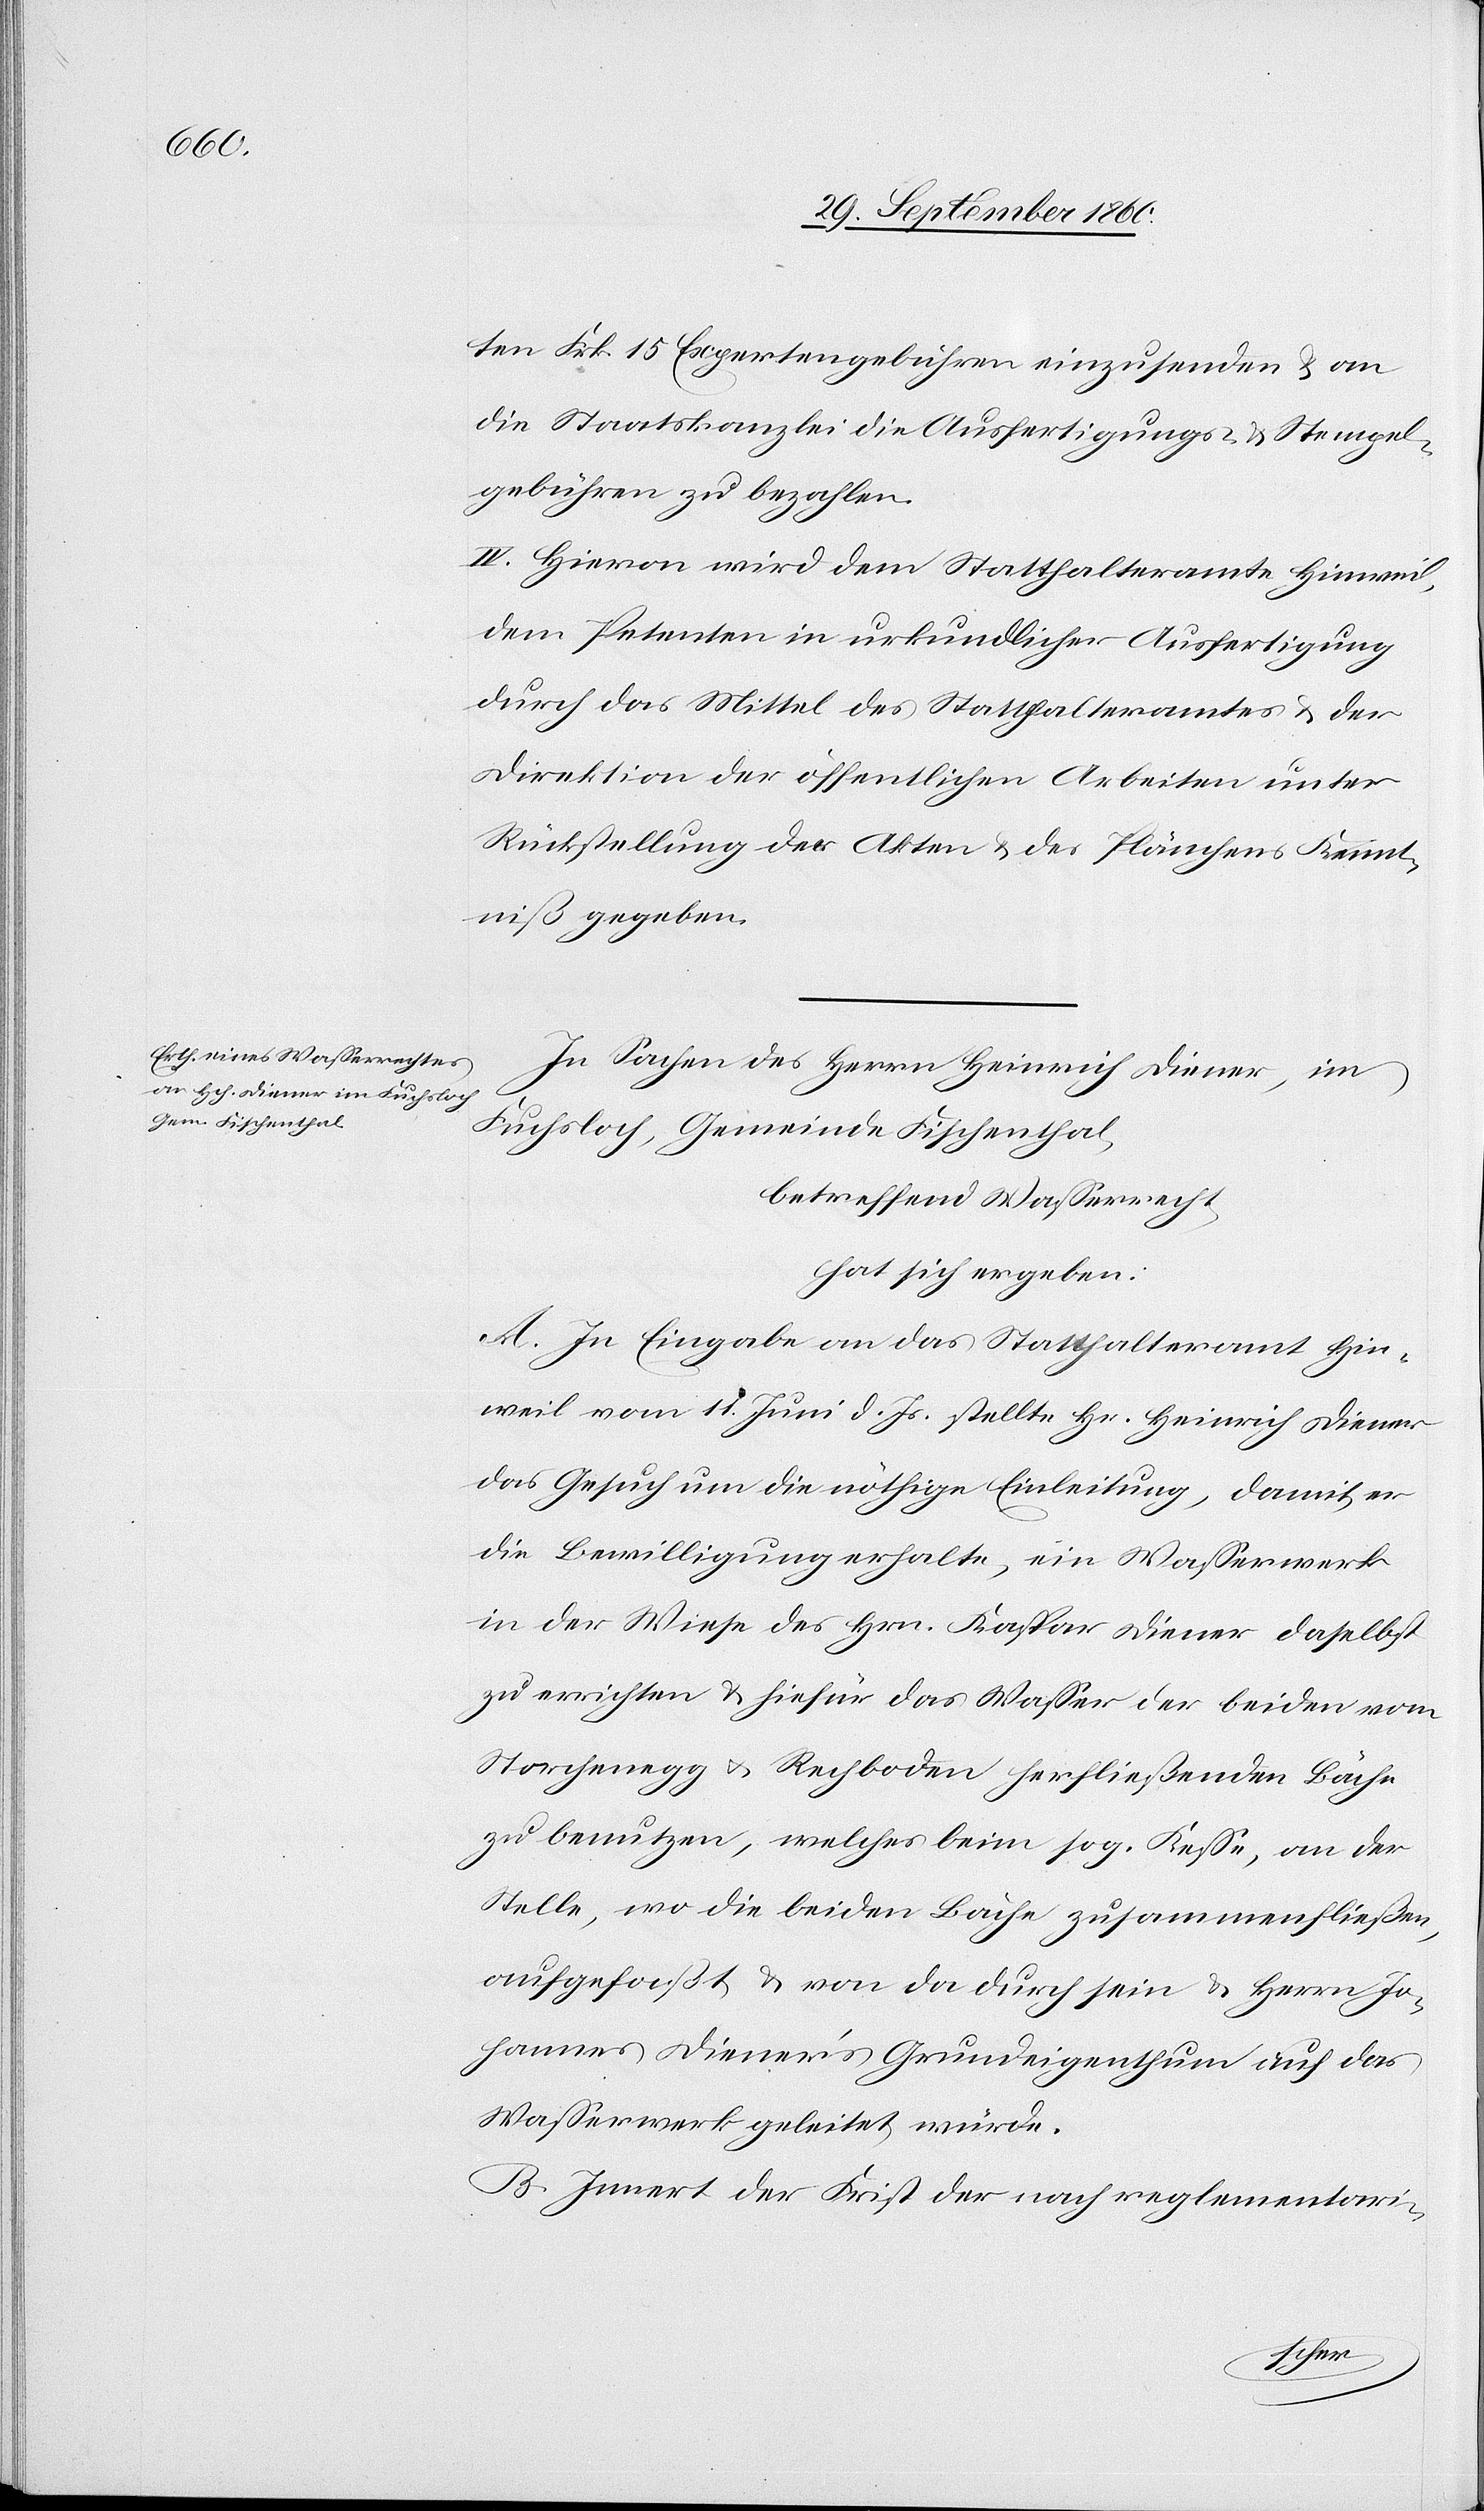
ten Frk. 15 Expertengebühren einzusenden u. an
die Staatskanzlei die Ausfertigungs- u. Stempel¬
gebühren zu bezahlen.
IV. Hievon wird dem Statthalteramte Hinweil,
dem Petenten in urkundlicher Ausfertigung
durch das Mittel des Statthalteramtes u. der
Direktion der öffentlichen Arbeiten unter
Rückstellung der Akten u. des Plänchens Kennt¬
niß gegeben.
In Sachen des Herrn Heinrich Diener, im
Fuchsloch, Gemeinde Fischenthal,
betreffend Wasserrecht,
hat sich ergeben:
A. In Eingabe an das Statthalteramt Hin¬
weil vom 11. Juni d. Js. stellte Hr. Heinrich Diener
das Gesuch um die nöthige Einleitung, damit er
die Bewilligung erhalte, ein Wasserwerk
in der Wiese des Hrn. Kaspar Diener daselbst
zu errichten u. hiefür das Wasser der beiden vom
Storchenegg u. Rechboden herfließenden Bäche
zu benutzen, welches beim sog. Kesse, an der
Stelle, wo die beiden Bäche zusammenfließen,
aufgefaßt u. von da durch sein u. Herrn Jo¬
hannes Diener’s Grundeigenthum auf das
Wasserwerk geleitet würde.
B. Inner der Frist der nach reglementari-